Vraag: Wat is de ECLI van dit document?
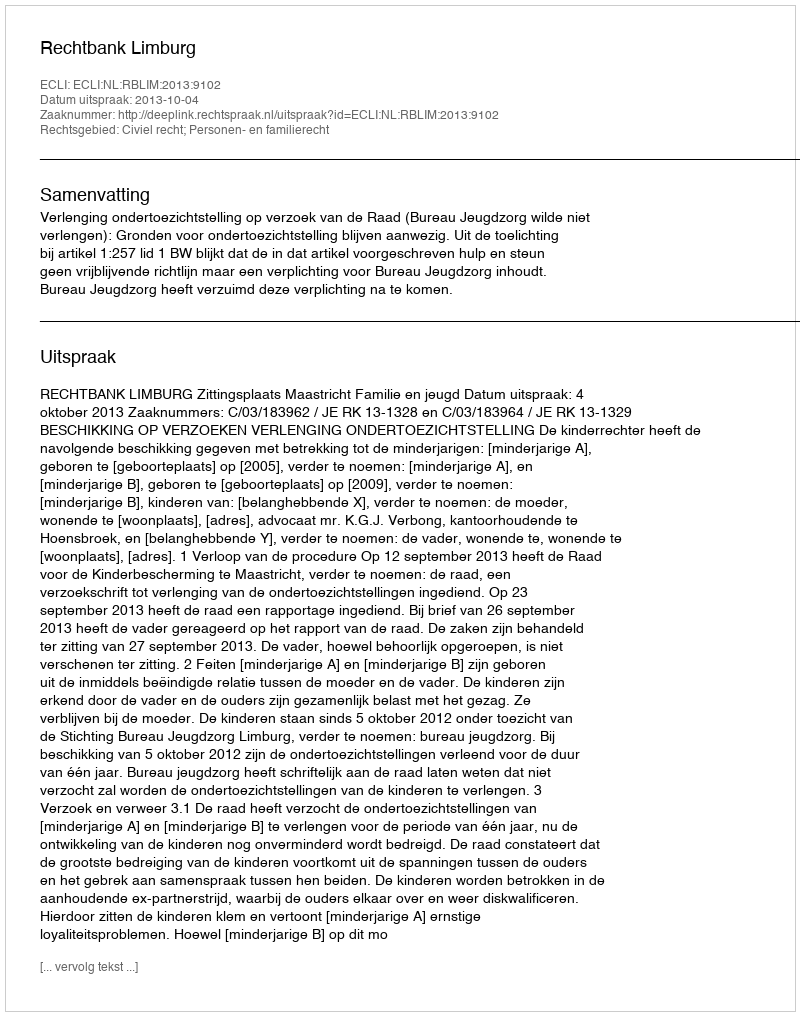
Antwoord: ECLI:NL:RBLIM:2013:9102